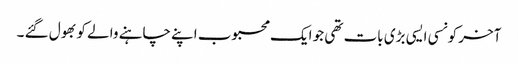
آخر کونسی ایسی بڑی بات تھی جو ایک محبوب اپنے چاہنے والے کو بھول گئے ۔